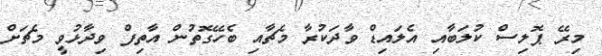
މިރޭ ޕޮލިސް ކުލަބާއި އެލައިޑް ވާދަކުރާ މެޗާއި ބެހޭގޮތުން އާތިފް ވިދާޅުވީ މެޗަށް